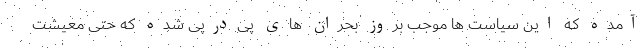
آمده که این سیاست ها موجب بروز بحران های پی‌درپی شده که حتی معیشت